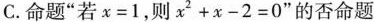
C.命题”若$$x = 1$$，则$$x ^ { 2 } + x - 2 = 0$$”的否命题